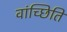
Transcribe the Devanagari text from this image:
वांच्छिति